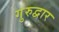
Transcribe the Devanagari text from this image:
गुरुद्वार